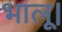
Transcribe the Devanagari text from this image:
भालू।